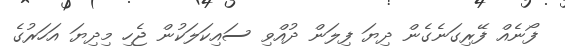
ފޯނެއް ފޭރިގަނެގެން ދިޔަ ފިލަން ދުއްވި ސައިކަލަކުން ޖެހި މިދިޔަ އަހަރުގެ